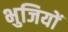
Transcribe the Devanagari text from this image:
भुजियों